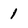
Character: 1